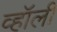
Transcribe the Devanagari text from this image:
व्हॉली